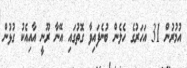
އުމުރުން 31 އަހަރުގެ ހެލެން ބުނެފައިވާ ގޮތުގައި އޭނާ ރޫނީ އާއިއެކު ގުޅުން